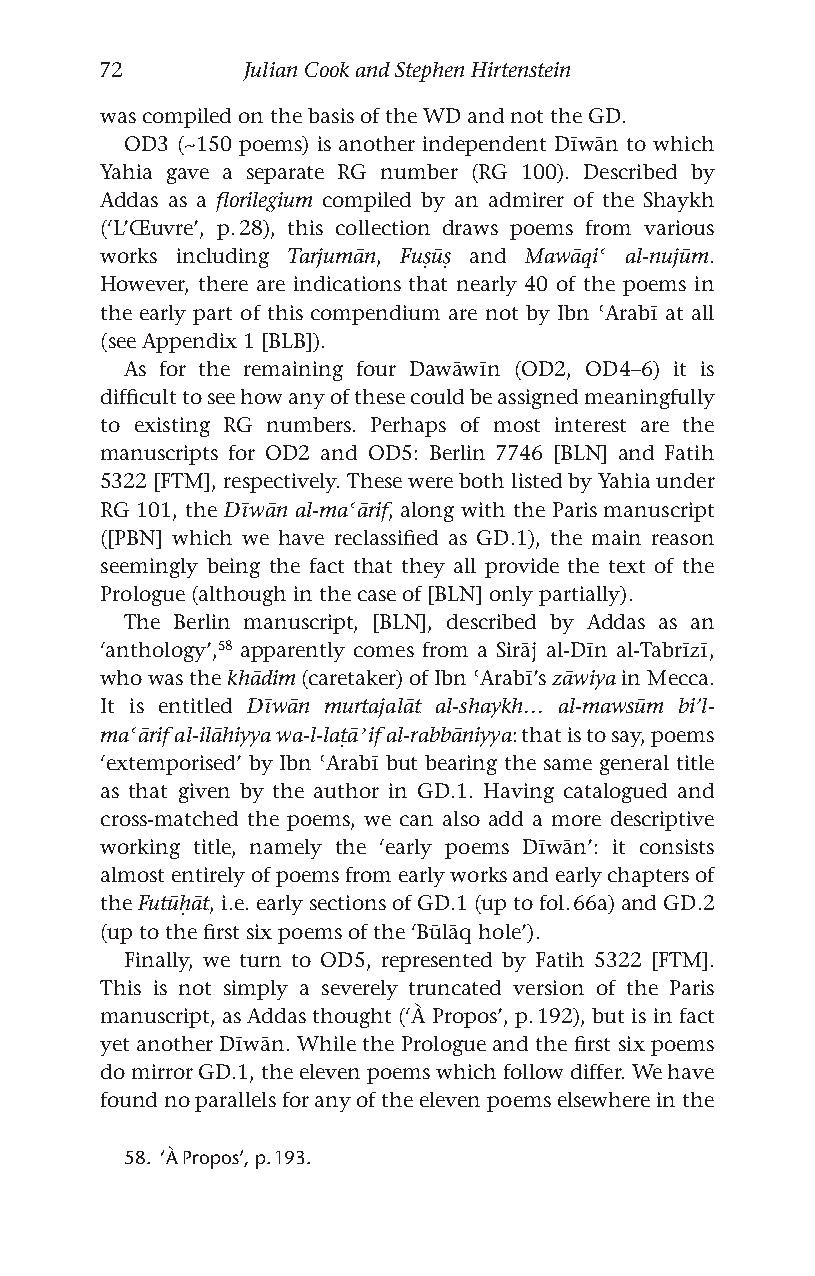
72       Julian Cook and Stephen Hirtenstein
 was compiled on the basis of the WD and not the GD.
 OD3 (~150 poems) is another independent Dīwān to which
 Yahia gave a separate RG number (RG 100). Described by
 Addas as a florilegium compiled by an admirer of the Shaykh
 (‘L’Œuvre’, p. 28), this collection draws poems from various
 works including Tarjumān, Fuṣūṣ and Mawāqiʿ al-nujūm.
 However, there are indications that nearly 40 of the poems in
 the early part of this compendium are not by Ibn ʿArabī at all
 (see Appendix 1 [BLB]).
 As for the remaining four Dawāwīn (OD2, OD4–6) it is
 difficult to see how any of these could be assigned meaningfully
 to existing RG numbers. Perhaps of most interest are the
 manuscripts for OD2 and OD5: Berlin 7746 [BLN] and Fatih
 5322 [FTM], respectively. These were both listed by Yahia under
 RG 101, the Dīwān al-maʿārif, along with the Paris manuscript
 ([PBN] which we have reclassified as GD.1), the main reason
 seemingly being the fact that they all provide the text of the
 Prologue (although in the case of [BLN] only partially).
 The Berlin manuscript, [BLN], described by Addas as an
 ‘anthology’,58 apparently comes from a Sirāj al-Dīn al-Tabrīzī,
 who was the khādim (caretaker) of Ibn ʿArabī’s zāwiya in Mecca.
 It is entitled Dīwān murtajalāt al-shaykh… al-mawsūm bi’l-
 maʿārif al-ilāhiyya wa-l-laṭāʾif al-rabbāniyya: that is to say, poems
 ‘extemporised’ by Ibn ʿArabī but bearing the same general title
 as that given by the author in GD.1. Having catalogued and
 cross-matched the poems, we can also add a more descriptive
 working title, namely the ‘early poems Dīwān’: it consists
 almost entirely of poems from early works and early chapters of
 the Futūḥāt, i.e. early sections of GD.1 (up to fol. 66a) and GD.2
 (up to the first six poems of the ‘Būlāq hole’).
 Finally, we turn to OD5, represented by Fatih 5322 [FTM].
 This is not simply a severely truncated version of the Paris
 manuscript, as Addas thought (‘À Propos’, p. 192), but is in fact
 yet another Dīwān. While the Prologue and the first six poems
 do mirror GD.1, the eleven poems which follow differ. We have
 found no parallels for any of the eleven poems elsewhere in the
 58. ‘À Propos’, p. 193.